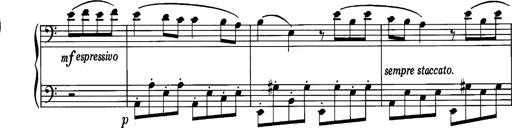
Title: La romanesca
Composer: Franz Liszt